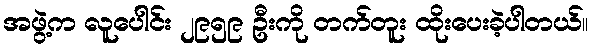
အဖွဲ့က လူပေါင်း ၂၉၅၉ ဦးကို တက်တူး ထိုးပေးခဲ့ပါတယ်။